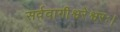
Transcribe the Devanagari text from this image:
सर्ववागीश्वरेश्वरः।